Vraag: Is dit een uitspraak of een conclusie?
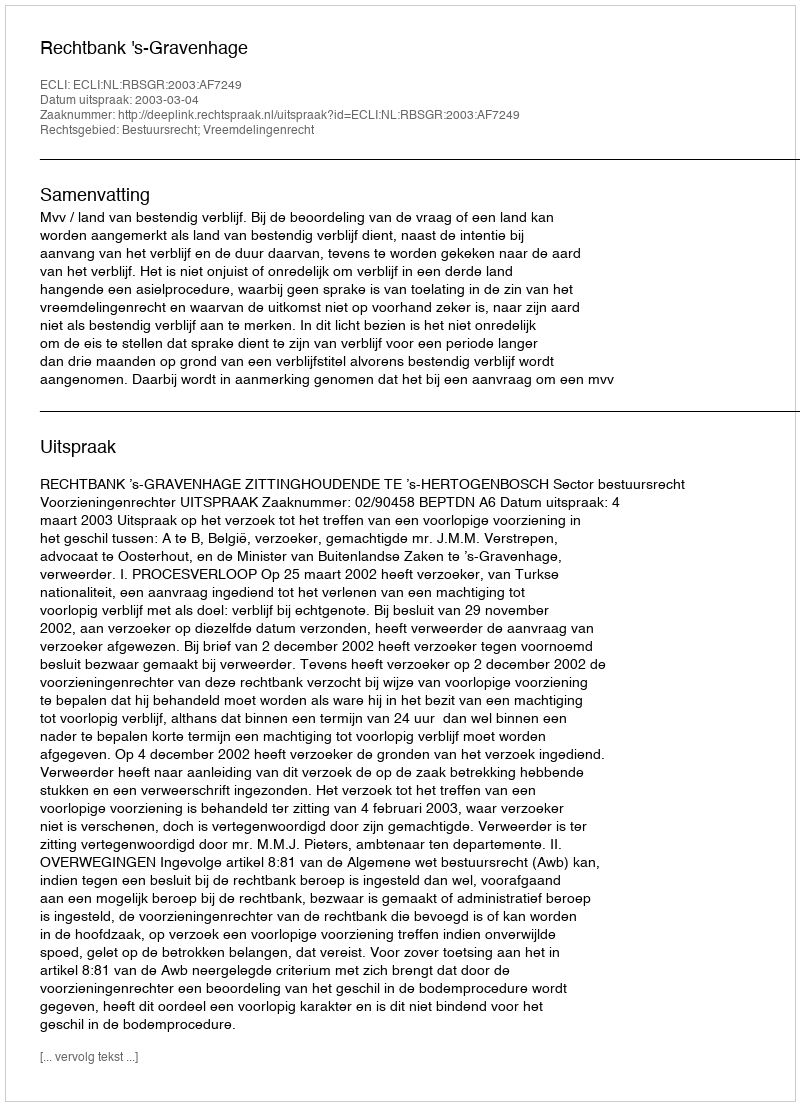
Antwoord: Uitspraak